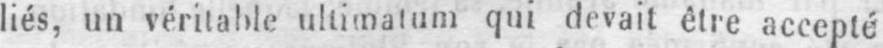
liés, un véritable ultimatum qui devait être accepté